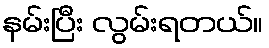
နမ်းပြီး လွမ်းရတယ်။